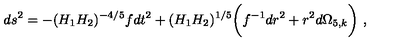
d s ^ { 2 } = - { ( H _ { 1 } H _ { 2 } ) ^ { - { 4 / 5 } } } f d t ^ { 2 } + ( H _ { 1 } H _ { 2 } ) ^ { 1 / 5 } \bigg ( f ^ { - 1 } { d r ^ { 2 } } + r ^ { 2 } d \Omega _ { 5 , k } \bigg ) \ ,